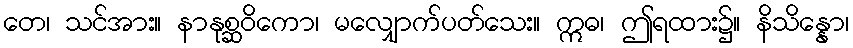
တေ၊ သင်အား။ နာနုစ္ဆဝိကော၊ မလျှောက်ပတ်သေး။ ဣဓ၊ ဤရထား၌။ နိသိန္နော၊